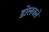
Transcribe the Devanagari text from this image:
डोलवले